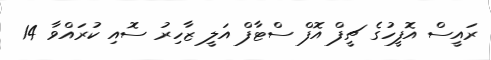
ރައީސް އޮފީހުގެ ޗީފް އޮފް ސްޓާފް އަލީ ޒާހިރު ސޮއި ކުރައްވާ 14